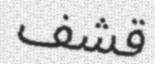
قشف